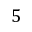
5